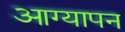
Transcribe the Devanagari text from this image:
आग्यापन